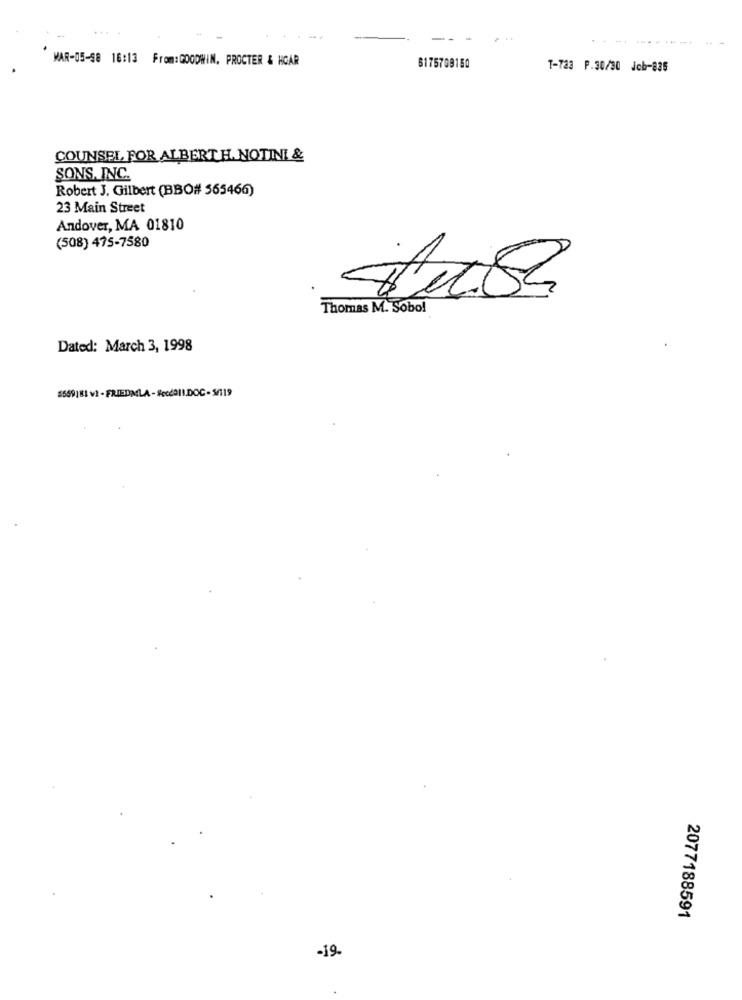
MAR-05-68 16:13 From:GOODWIN, PROCTER & HCAR
6175709150
T-723 P.30/30 Job-836
COUNSEL FOR ALBERT H. NOTINI &
SONS, INC.
Robert J. Gilbert (BBO# 565466)
23 Main Street
Andover, MA 01810
(508) 475-7580
dush
Thomas M. Sobo!
Dated: March 3, 1998
$569181 v2 - FRIEDMLA-Secdall.DOC-5/119
2077188591
-19.